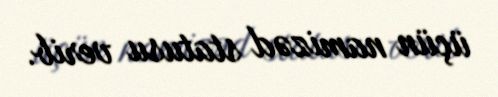
üçün namizəd statusu verib.